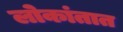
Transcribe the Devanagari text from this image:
लोकांतात